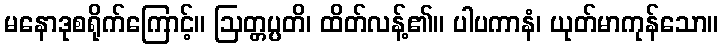
မနောဒုစရိုက်ကြောင့်။ ဩတ္တပ္ပတိ၊ ထိတ်လန့်၏။ ပါပကာနံ၊ ယုတ်မာကုန်သော။